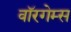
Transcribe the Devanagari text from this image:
वॉरगेम्स